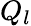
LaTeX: Q_{l}